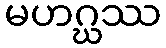
မဟဂ္ဃဿ